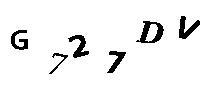
G727DV